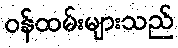
ဝန်ထမ်းများသည်